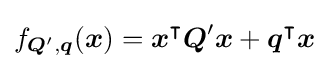
f_{{\boldsymbol {Q}}',{\boldsymbol {q}}}({\boldsymbol {x}})={\boldsymbol {x}}^{\intercal }{\boldsymbol {Q}}'{\boldsymbol {x}}+{\boldsymbol {q}}^{\intercal }{\boldsymbol {x}}